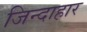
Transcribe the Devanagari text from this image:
जिन्दाहार